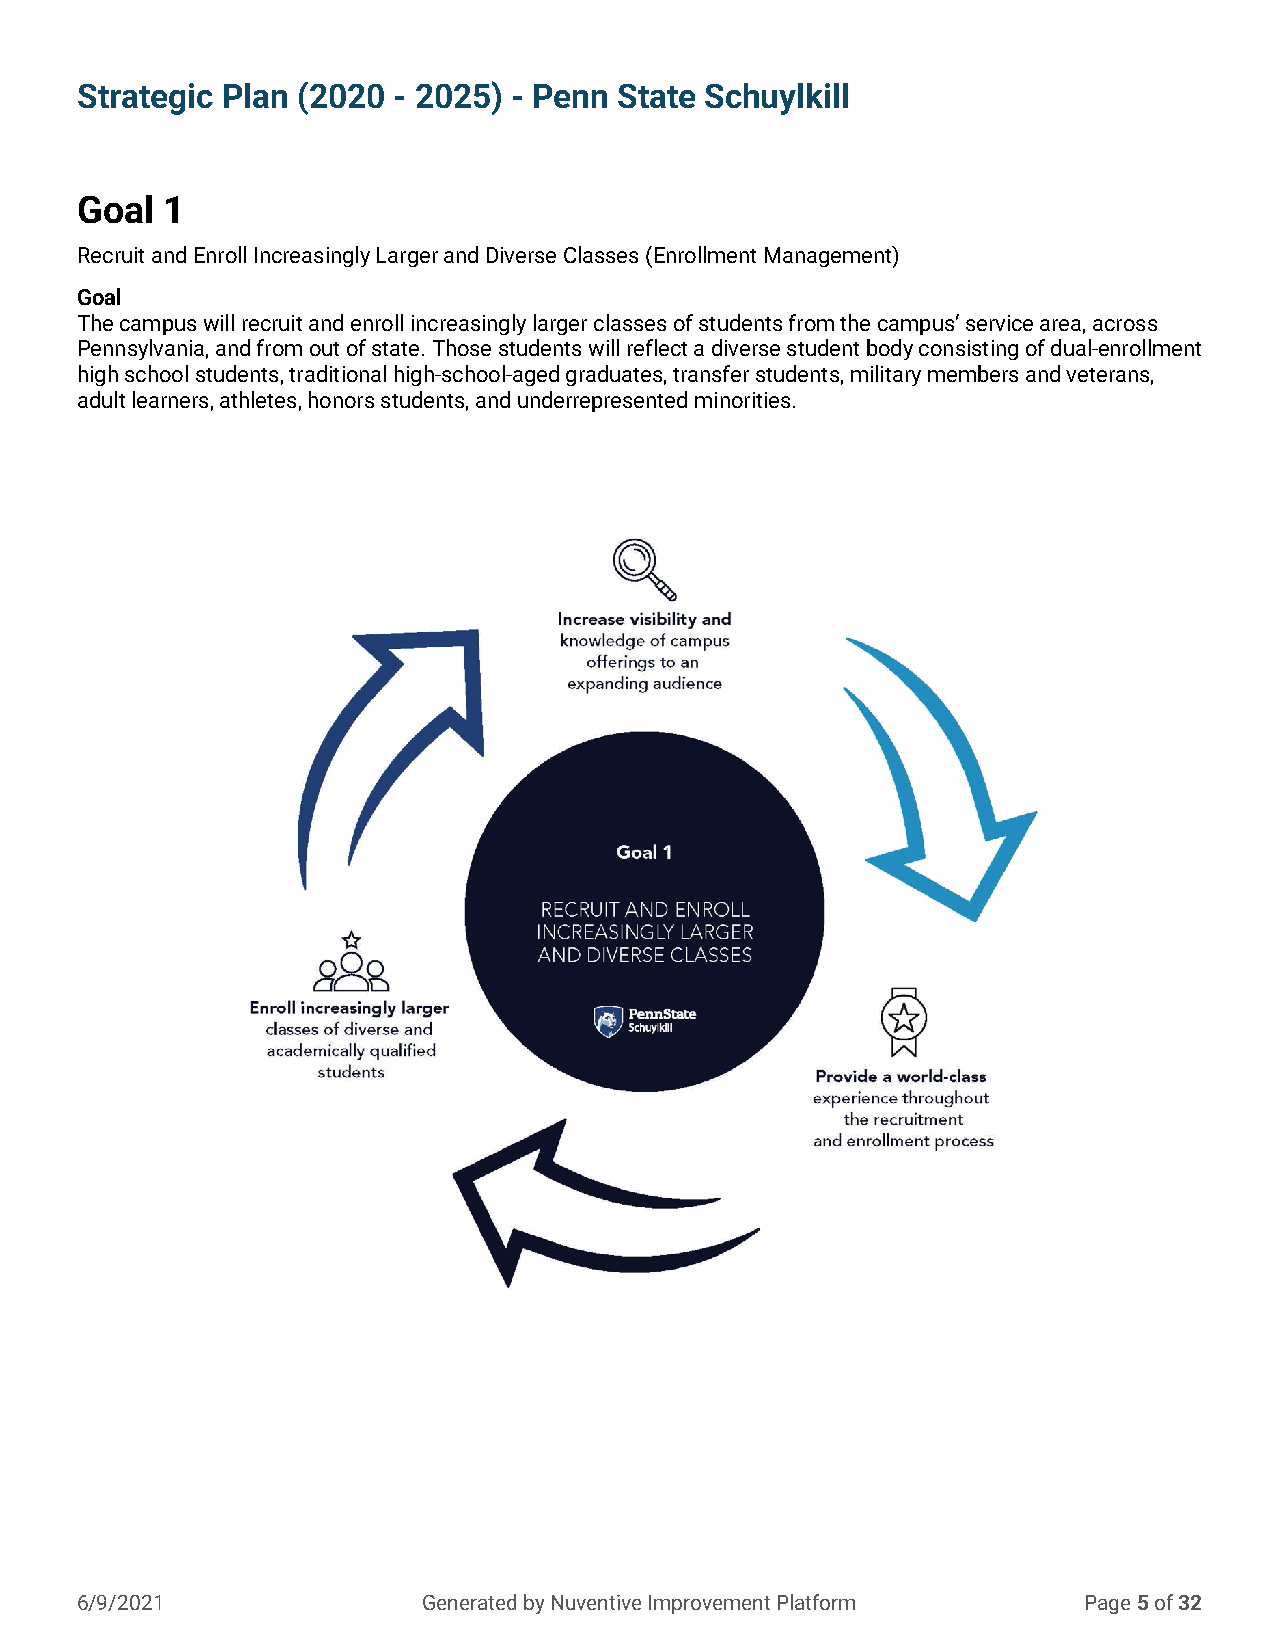
Strategic Plan (2020 - 2025) - Penn State Schuylkill
 Strategic Plan (2020 - 2025) - Penn State Schuylkill
 Goal  1
 Recruit and Enroll Increasingly Larger and Diverse Classes (Enrollment Management)
 Goal
 The campus will recruit and enroll increasingly larger classes of students from the campus’ service area, across
 Pennsylvania, and from out of state. Those students will reflect a diverse student body consisting of dual-enrollment
 high school students, traditional high-school-aged graduates, transfer students, military members and veterans,
 adult learners, athletes, honors students, and underrepresented minorities.
 6/9/2021               Generated by Nuventive Improvement Platform Page 5 of 32